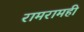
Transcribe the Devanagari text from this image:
रामरामही